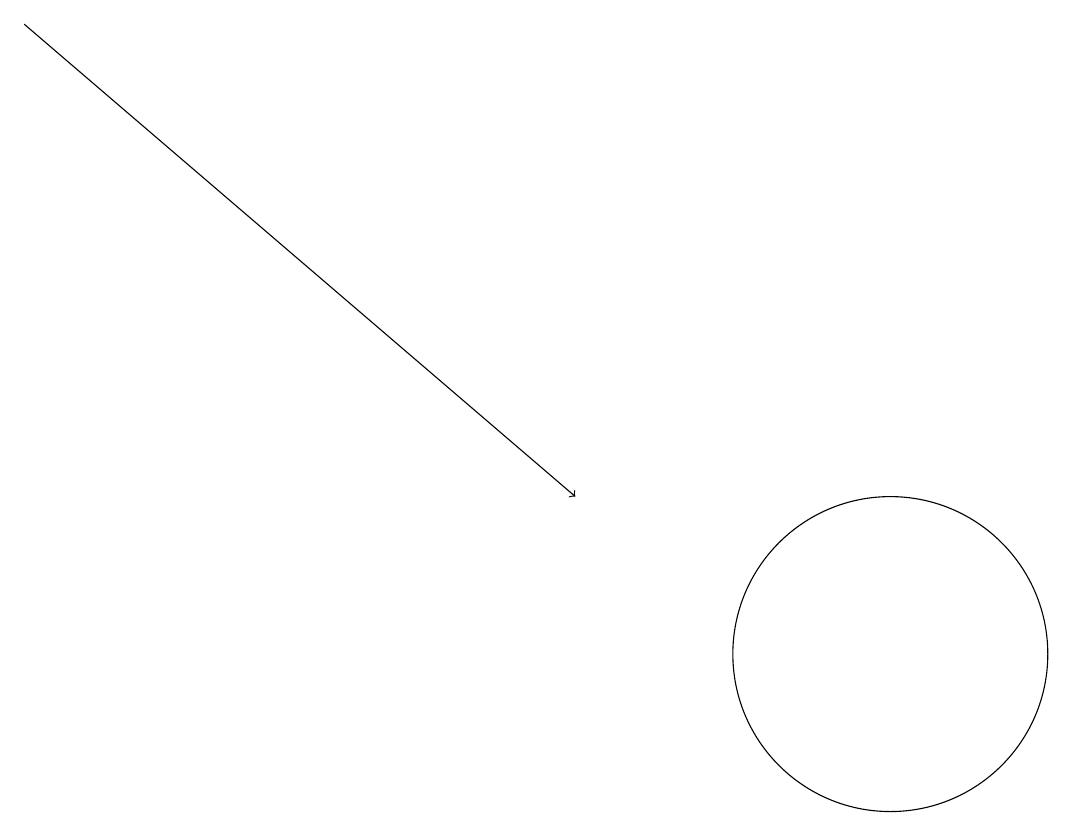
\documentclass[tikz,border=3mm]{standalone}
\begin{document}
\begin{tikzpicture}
\draw[->] (0,18) -- (7,12);
\draw (11,10) circle (2);
\draw (10,12) circle (0);
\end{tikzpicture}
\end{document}